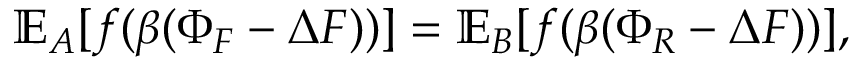
\mathbb { E } _ { A } [ f ( \beta ( \Phi _ { F } - \Delta F ) ) ] = \mathbb { E } _ { B } [ f ( \beta ( \Phi _ { R } - \Delta F ) ) ] ,